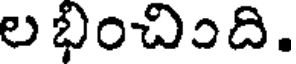
ల భించింది.